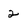
Character: 2